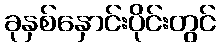
ခုနှစ်နှောင်းပိုင်းတွင်